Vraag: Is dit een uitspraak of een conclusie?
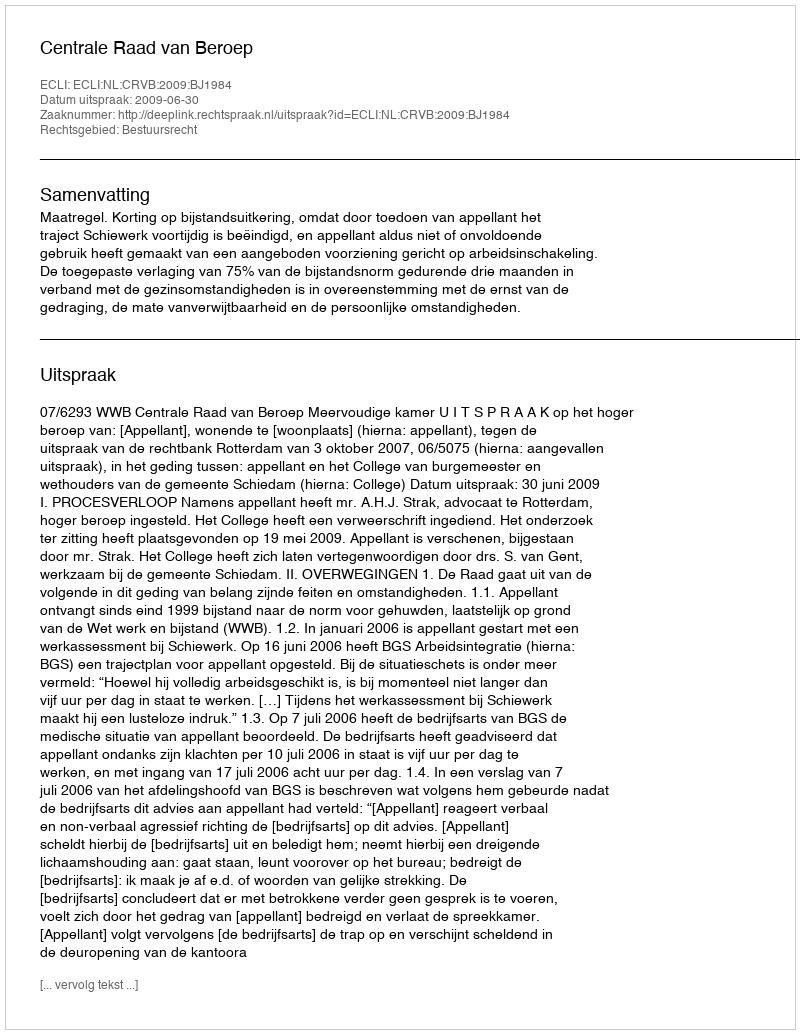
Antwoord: Uitspraak